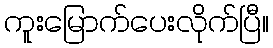
ကူးမြောက်ပေးလိုက်ပြီ။